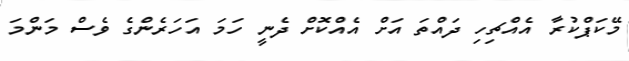
މޭކަޕްކުރާ އެއްޗިހި ދައްތަ އަށް އެއްކޮށް ދެނީ ހަމަ އަހަރެންގެ ވެސް މަންމަ